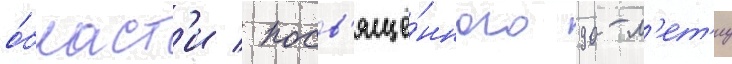
о́бласт'и / посв'ящё́нного 90-л'ет'иу